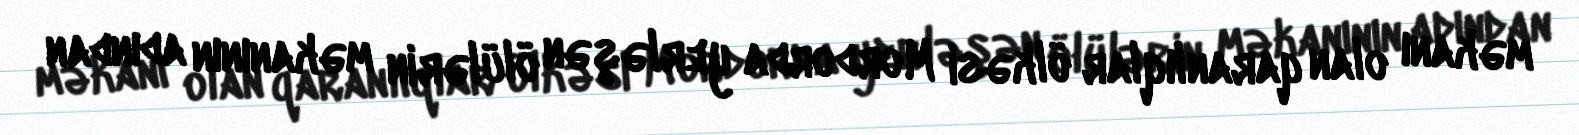
məkanı olan qaranlıqlar ölkəsi Mordorda yerləşən ölülərin məkanının adından